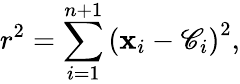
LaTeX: r^{2}=\sum_{i=1}^{n+1}\left(\mathbf{x}_{i}-\mathscr{C}_{i}\right)^{2},